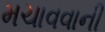
મચાવવાની